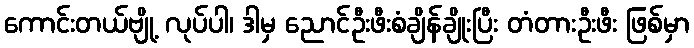
ကောင်းတယ်ဗျို့ လုပ်ပါ၊ ဒါမှ ညောင်ဦးဖီးစံချိန်ချိုးပြီး တံတားဦးဖီး ဖြစ်မှာ